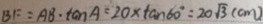
B F = A B \cdot \tan A = 2 0 \times \tan 6 0 ^ { \circ } = 2 0 \sqrt { 3 } ( c m )